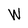
Character: W